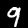
Digit: 9